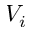
V _ { i }